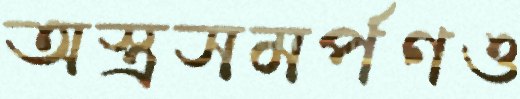
অস্ত্রসমর্পণও